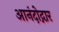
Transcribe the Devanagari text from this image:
आनंदोद्गार